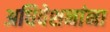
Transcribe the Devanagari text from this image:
अधिवेशनांना